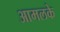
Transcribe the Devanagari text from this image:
आमलके